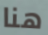
هنا